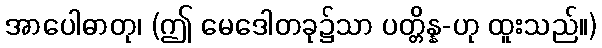
အာပေါဓာတု၊ (ဤ မေဒေါတခု၌သာ ပတ္တိန္န-ဟု ထူးသည်။)